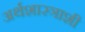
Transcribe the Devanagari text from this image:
अर्थशास्त्राशी